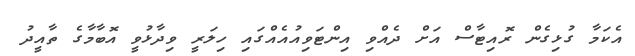
އެކަމާ ގުޅިގެން ރޮއިޓާސް އަށް ދެއްވި އިންޓަވިއުއެއްގައި ހިލަރީ ވިދާޅުވީ އޮބާމާގެ ތާއީދު